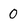
Character: 0